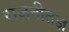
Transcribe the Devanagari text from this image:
राजनीतज्ञ